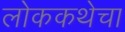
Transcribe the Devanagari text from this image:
लोककथेचा